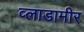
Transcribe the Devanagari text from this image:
व्लाडामीर